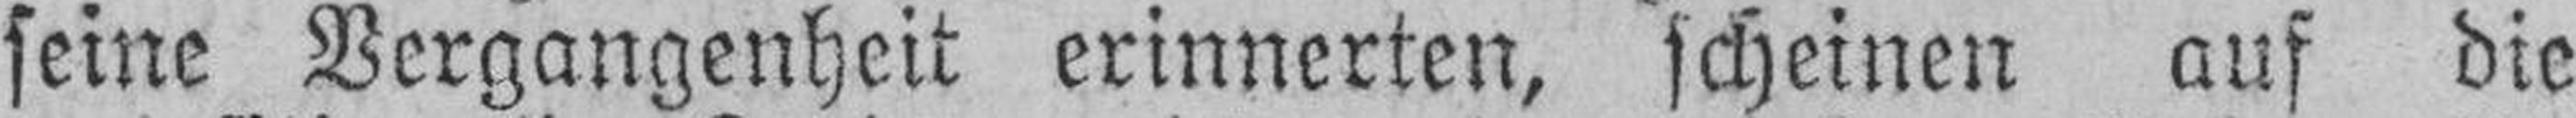
seine Vergangenheit erinnerten, scheinen auf die